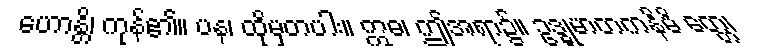
ဟောန္တိ၊ ကုန်၏။ ပန၊ ထိုမှတပါး။ ဣဓ၊ ဤအရာ၌။ ဥဒ္ဓုမာတကနိမိ တ္တေ၊